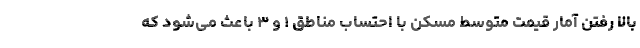
بالا رفتن آمار قیمت متوسط مسکن با احتساب مناطق ۱ و ۳ باعث می‌شود که